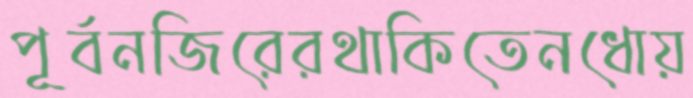
পূর্বনজিরেরথাকিতেনধোয়